Rae_vallavalitsus, lk 175
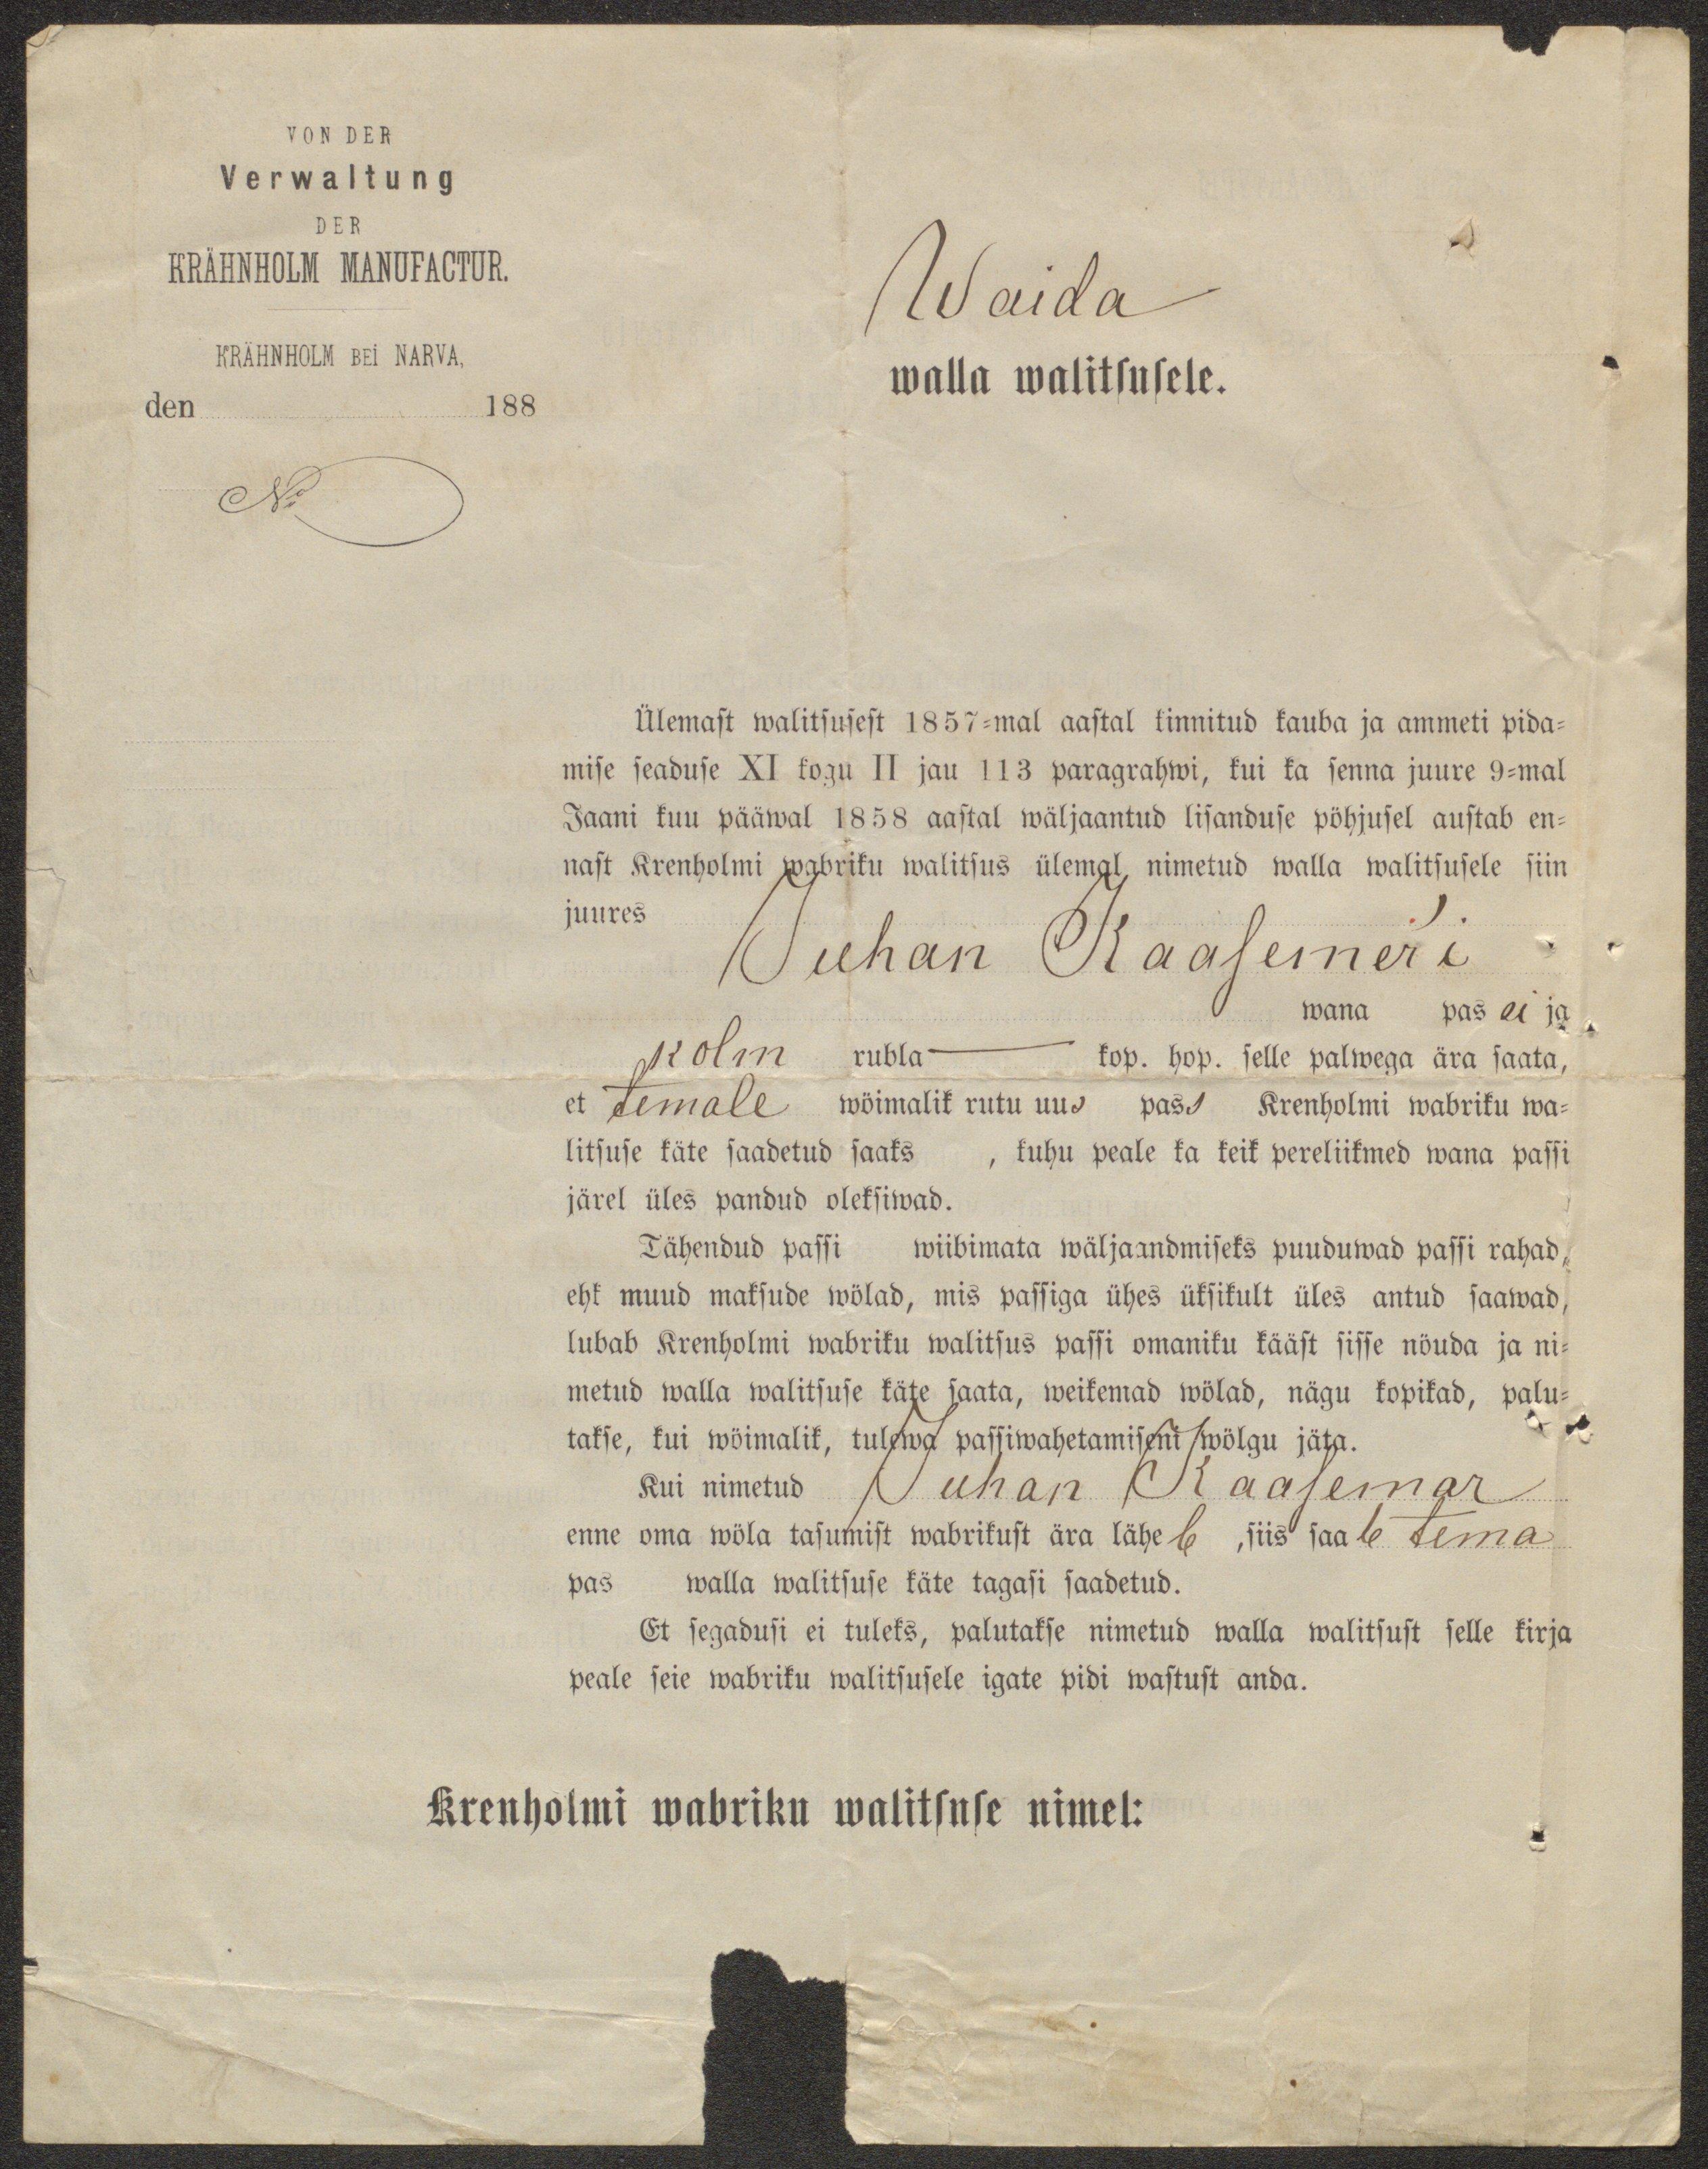
KRÄHNHOLM MANUFACTUR.
KRÄHNHOLM BEI NARVA,
1888
No
Waida
walla walitsusele.
Ülemast walitsusest 1857-mal aastal kinnitud kauba ja ammeti pida-
mise seaduse XI kogu II jau 113 paragrahwi, kui ka senna juure 9-mal
Jaani kuu pääwal 1858 aastal wäljaantud lisanduse pöhjusel austab en-
nast Krenholmi wabriku walitsus ülemal nimetud walla walitsusele siin
juures
Juhan Kaasemer´i
wana pas ei ja
kolm rubla - kop. hop. selle palwega ära saata,
et temale wöimalik rutu uus pass Krenholmi wabriku wa-
litsuse käte saadetud saaks, kuhu peale ka keik pereliikmed wana passi
järel üles pandud oleksiwad.
Tähendud passi wiibimata wäljaandmiseks puuduwad passi rahad,
ehk muud maksude wölad, mis passiga ühes üksikult üles antud saawad,
lubab Krenholmi wabriku walitsus passi omaniku kääst sisse nöuda ja ni-
metud walla walitsuse käte saata, weikemad wölad, nägu kopikad, palu-
takse, kui wöimalik, tulewa passiwahetamiseni wölgu jäta.
Kui nimetud Juhan Kaasemar
enne oma wöla tasumist wabrikust ära läheb, siis saab tema
pas walla walitsuse käte tagasi saadetud.
Et segadusi ei tuleks, palutakse nimetud walla walitsust selle kirja
peale seie wabriku walitsusele igate pidi wastust anda.
Krenholmi wabriku walitsuse nimel: